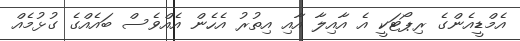
އެމްޑީއެންގެ ރިޕޯޓަކީ އެ އާއިލާ އާއި އިތުރު އެހެން އެއްވެސް ބައެއްގެ ގުޅުމެއް